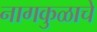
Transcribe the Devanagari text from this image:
नागकुळाचे